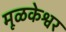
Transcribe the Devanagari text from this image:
मूळकेश्वर